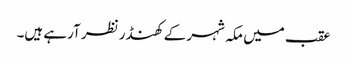
عقب میں مکہ شہر کے کھنڈر نظر آرہے ہیں۔